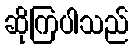
ဆိုကြပါသည်